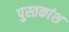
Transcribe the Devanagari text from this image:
पुस्तकांश